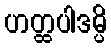
ဟတ္ထပါဒမ္ပိ